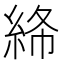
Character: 𥿸